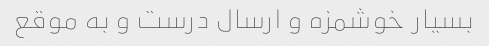
بسیار خوشمزه و ارسال درست و به موقع